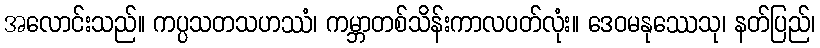
အလောင်းသည်။ ကပ္ပသတသဟဿံ၊ ကမ္ဘာတစ်သိန်းကာလပတ်လုံး။ ဒေဝမနုဿေသု၊ နတ်ပြည်၊